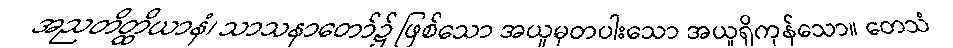
အညတိတ္ထိယာနံ၊ သာသနာတော်၌ ဖြစ်သော အယူမှတပါးသော အယူရှိကုန်သော။ တေသံ